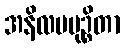
အနိလပမုဉ္စိတာ